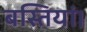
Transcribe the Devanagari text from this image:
बस्तियां।